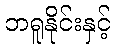
ဘရူနိုင်းနှင့်